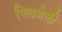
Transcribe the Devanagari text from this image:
फ्लिजेली